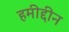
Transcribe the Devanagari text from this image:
हमीद्दीन